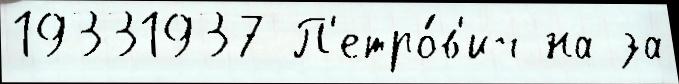
19331937 П'етро́в'ич на за